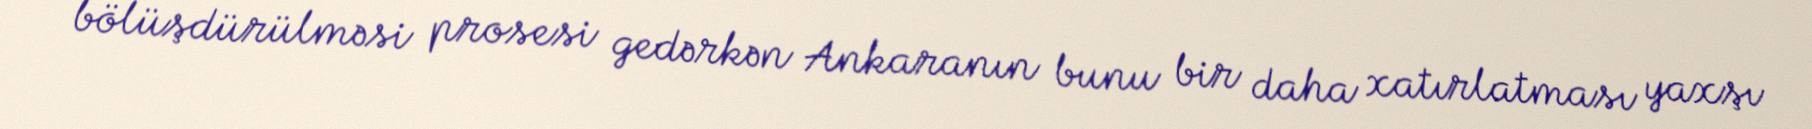
bölüşdürülməsi prosesi gedərkən Ankaranın bunu bir daha xatırlatması yaxşı